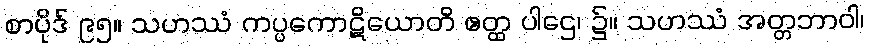
စာပိုဒ် ၉၅။ သဟဿံ ကပ္ပကောဋိယောတိ ဧတ္ထ ပါဌေ၊ ၌။ သဟဿံ အတ္တဘာဝါ၊